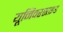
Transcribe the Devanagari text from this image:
यूनिवरसाइड